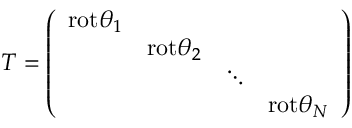
T = \left( \begin{array} { c c c c } { { \mathrm { r o t } \theta _ { 1 } } } & { { } } & { { } } & { { } } \\ { { } } & { { \mathrm { r o t } \theta _ { 2 } } } & { { } } & { { } } \\ { { } } & { { } } & { { \ddots } } & { { } } \\ { { } } & { { } } & { { } } & { { \mathrm { r o t } \theta _ { N } } } \end{array} \right)